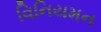
વિનિયમન